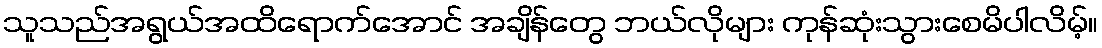
သူသည်အရွယ်အထိရောက်အောင် အချိန်တွေ ဘယ်လိုများ ကုန်ဆုံးသွားစေမိပါလိမ့်။